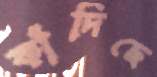
কাঁদিছে